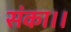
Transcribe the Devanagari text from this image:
संका।।